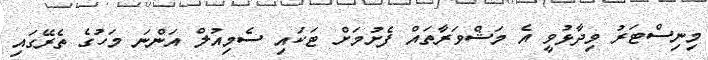
މިނިސްޓަރު ވިދާޅުވީ އެ މަޝްވަރާތައް ފެށުމަށް ޓަކައި ސެމިއުލް އަންނަ މަހުގެ ތެރޭގައި